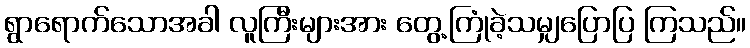
ရွာရောက်သောအခါ လူကြီးများအား တွေ့ကြုံခဲ့သမျှပြောပြ ကြသည်။